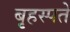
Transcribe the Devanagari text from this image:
बृहस्पते